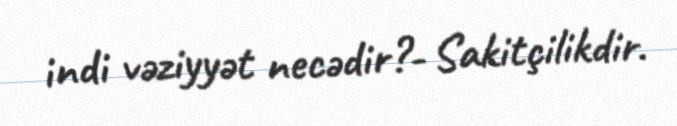
indi vəziyyət necədir?- Sakitçilikdir.